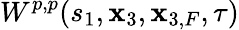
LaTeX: W^{p,p}(s_{1},\mathbf{x}_{3},\mathbf{x}_{3,F},\tau)